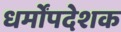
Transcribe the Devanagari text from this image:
धर्मोंपदेशक